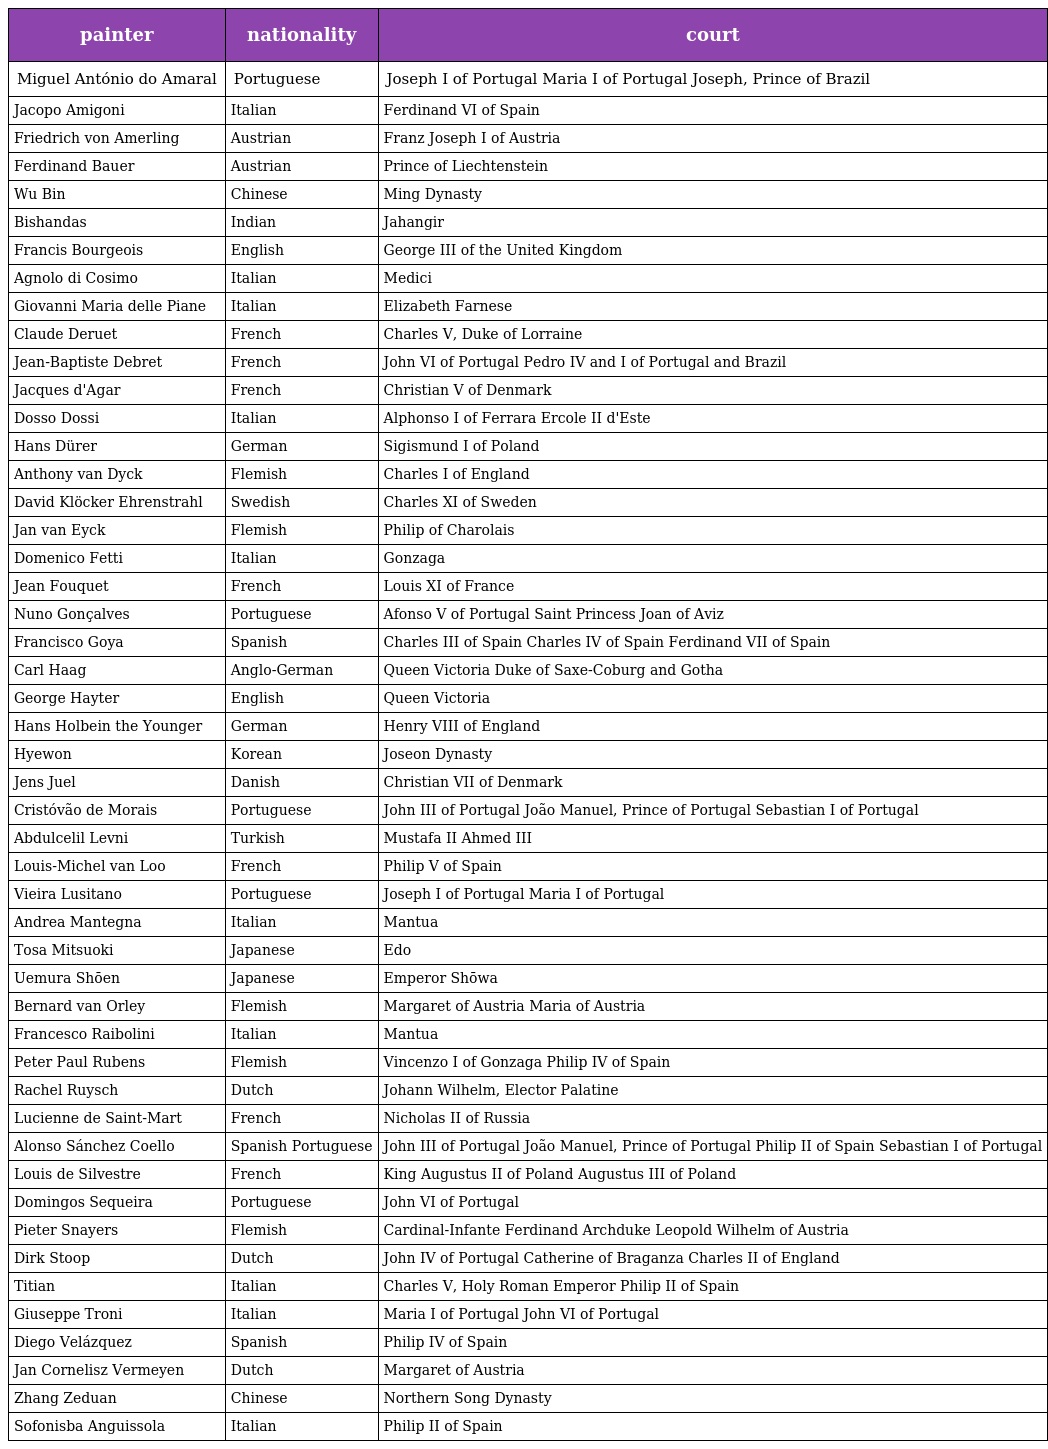
| painter | nationality | court |
 | --- | --- | --- |
 | Miguel António do Amaral | Portuguese | Joseph I of Portugal Maria I of Portugal Joseph, Prince of Brazil |
 | Jacopo Amigoni | Italian | Ferdinand VI of Spain |
 | Friedrich von Amerling | Austrian | Franz Joseph I of Austria |
 | Ferdinand Bauer | Austrian | Prince of Liechtenstein |
 | Wu Bin | Chinese | Ming Dynasty |
 | Bishandas | Indian | Jahangir |
 | Francis Bourgeois | English | George III of the United Kingdom |
 | Agnolo di Cosimo | Italian | Medici |
 | Giovanni Maria delle Piane | Italian | Elizabeth Farnese |
 | Claude Deruet | French | Charles V, Duke of Lorraine |
 | Jean-Baptiste Debret | French | John VI of Portugal Pedro IV and I of Portugal and Brazil |
 | Jacques d'Agar | French | Christian V of Denmark |
 | Dosso Dossi | Italian | Alphonso I of Ferrara Ercole II d'Este |
 | Hans Dürer | German | Sigismund I of Poland |
 | Anthony van Dyck | Flemish | Charles I of England |
 | David Klöcker Ehrenstrahl | Swedish | Charles XI of Sweden |
 | Jan van Eyck | Flemish | Philip of Charolais |
 | Domenico Fetti | Italian | Gonzaga |
 | Jean Fouquet | French | Louis XI of France |
 | Nuno Gonçalves | Portuguese | Afonso V of Portugal Saint Princess Joan of Aviz |
 | Francisco Goya | Spanish | Charles III of Spain Charles IV of Spain Ferdinand VII of Spain |
 | Carl Haag | Anglo-German | Queen Victoria Duke of Saxe-Coburg and Gotha |
 | George Hayter | English | Queen Victoria |
 | Hans Holbein the Younger | German | Henry VIII of England |
 | Hyewon | Korean | Joseon Dynasty |
 | Jens Juel | Danish | Christian VII of Denmark |
 | Cristóvão de Morais | Portuguese | John III of Portugal João Manuel, Prince of Portugal Sebastian I of Portugal |
 | Abdulcelil Levni | Turkish | Mustafa II Ahmed III |
 | Louis-Michel van Loo | French | Philip V of Spain |
 | Vieira Lusitano | Portuguese | Joseph I of Portugal Maria I of Portugal |
 | Andrea Mantegna | Italian | Mantua |
 | Tosa Mitsuoki | Japanese | Edo |
 | Uemura Shōen | Japanese | Emperor Shōwa |
 | Bernard van Orley | Flemish | Margaret of Austria Maria of Austria |
 | Francesco Raibolini | Italian | Mantua |
 | Peter Paul Rubens | Flemish | Vincenzo I of Gonzaga Philip IV of Spain |
 | Rachel Ruysch | Dutch | Johann Wilhelm, Elector Palatine |
 | Lucienne de Saint-Mart | French | Nicholas II of Russia |
 | Alonso Sánchez Coello | Spanish Portuguese | John III of Portugal João Manuel, Prince of Portugal Philip II of Spain Sebastian I of Portugal |
 | Louis de Silvestre | French | King Augustus II of Poland Augustus III of Poland |
 | Domingos Sequeira | Portuguese | John VI of Portugal |
 | Pieter Snayers | Flemish | Cardinal-Infante Ferdinand Archduke Leopold Wilhelm of Austria |
 | Dirk Stoop | Dutch | John IV of Portugal Catherine of Braganza Charles II of England |
 | Titian | Italian | Charles V, Holy Roman Emperor Philip II of Spain |
 | Giuseppe Troni | Italian | Maria I of Portugal John VI of Portugal |
 | Diego Velázquez | Spanish | Philip IV of Spain |
 | Jan Cornelisz Vermeyen | Dutch | Margaret of Austria |
 | Zhang Zeduan | Chinese | Northern Song Dynasty |
 | Sofonisba Anguissola | Italian | Philip II of Spain |